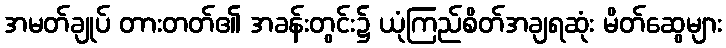
အမတ်ချုပ် တားတတ်၏ အခန်းတွင်း၌ ယုံကြည်စိတ်အချရဆုံး မိတ်ဆွေများ